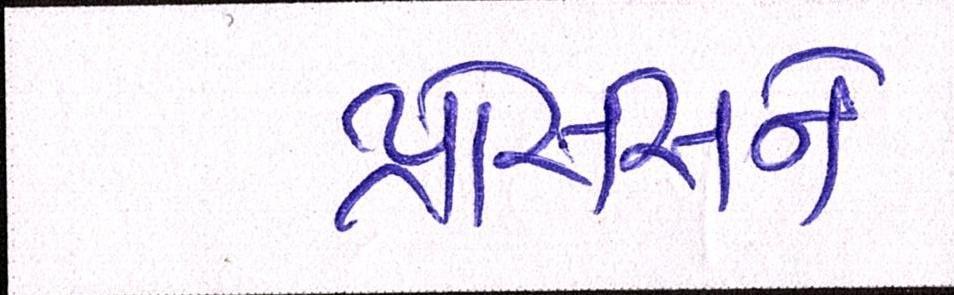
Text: પ્રોસેસને